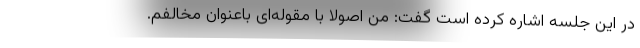
در این جلسه اشاره کرده است گفت: من اصولا با مقوله‌ای باعنوان مخالفم.